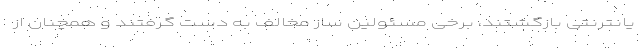
یانترنتی بازگشتند، برخی مسئولین ساز مخالف به دست گرفتند و همچنان از